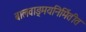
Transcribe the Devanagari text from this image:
बालवाङ्मयनिर्मितीत